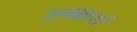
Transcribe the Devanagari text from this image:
उलझावों